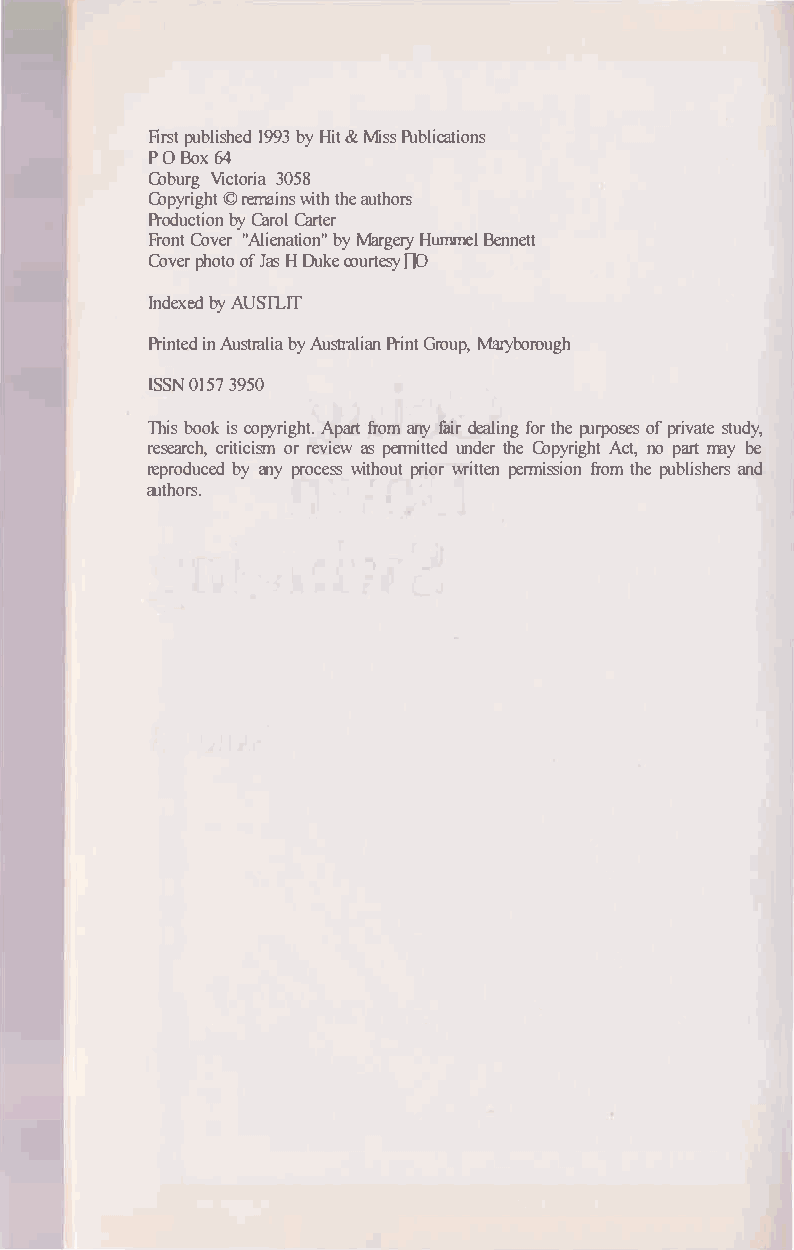
First published 1993 by Hit & Miss Publications
 PO Box 64
 Coburg Victoria 3058
 Copyright © remains with the authors
 Production by Carol Carter
 Front Cover "Alienation" by Margery Hwnmel Bennett
 Cover photo of Jas H Duke courtesy fP
 Indexed by AUSlLIT
 Printed in Australia by Australian Print Group, Maryborough
 ISSN 0157 3950
 This book is copyright. Apart from any fair dealing for the purposes of private study,
 research, criticism or review as permitted under the Copyright Act, no part may be
 reproduced by any process without prior written permission from the publishers and
 authors.